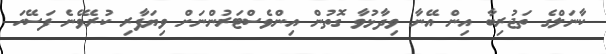
ކާނަލްގެ ތަޖުރިބާ އިން އޭނާ ވިދާޅުވާ ގޮތުން އިންވެސްޓަރުންނަށް ވިޔަފާރި ކުރެވޭނެ ފަސޭހަ